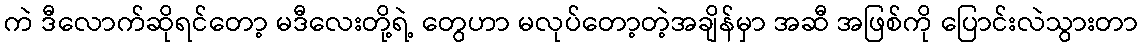
ကဲ ဒီလောက်ဆိုရင်တော့ မဒီလေးတို့ရဲ့ တွေဟာ မလုပ်တော့တဲ့အချိန်မှာ အဆီ အဖြစ်ကို ပြောင်းလဲသွားတာ